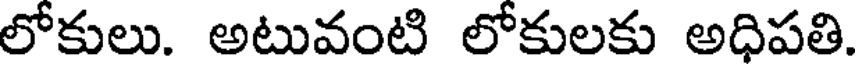
లోకులు. అటువంటి లోకులకు అధిపతి.